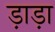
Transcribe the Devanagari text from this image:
ड़ाड़ा